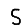
Digit: 5